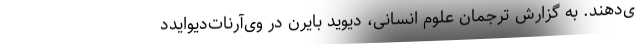
ی‌دهند. به گزارش ترجمان علوم انسانی، دیوید بایرن در وی‌آر‌نات‌دیوایدد